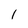
Character: 1